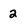
Character: 2